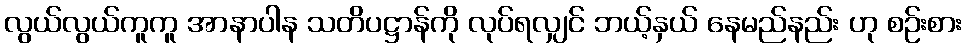
လွယ်လွယ်ကူကူ အာနာပါန သတိပဋ္ဌာန်ကို လုပ်ရလျှင် ဘယ့်နှယ် နေမည်နည်း ဟု စဉ်းစား